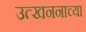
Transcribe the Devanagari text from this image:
उत्खननाच्या